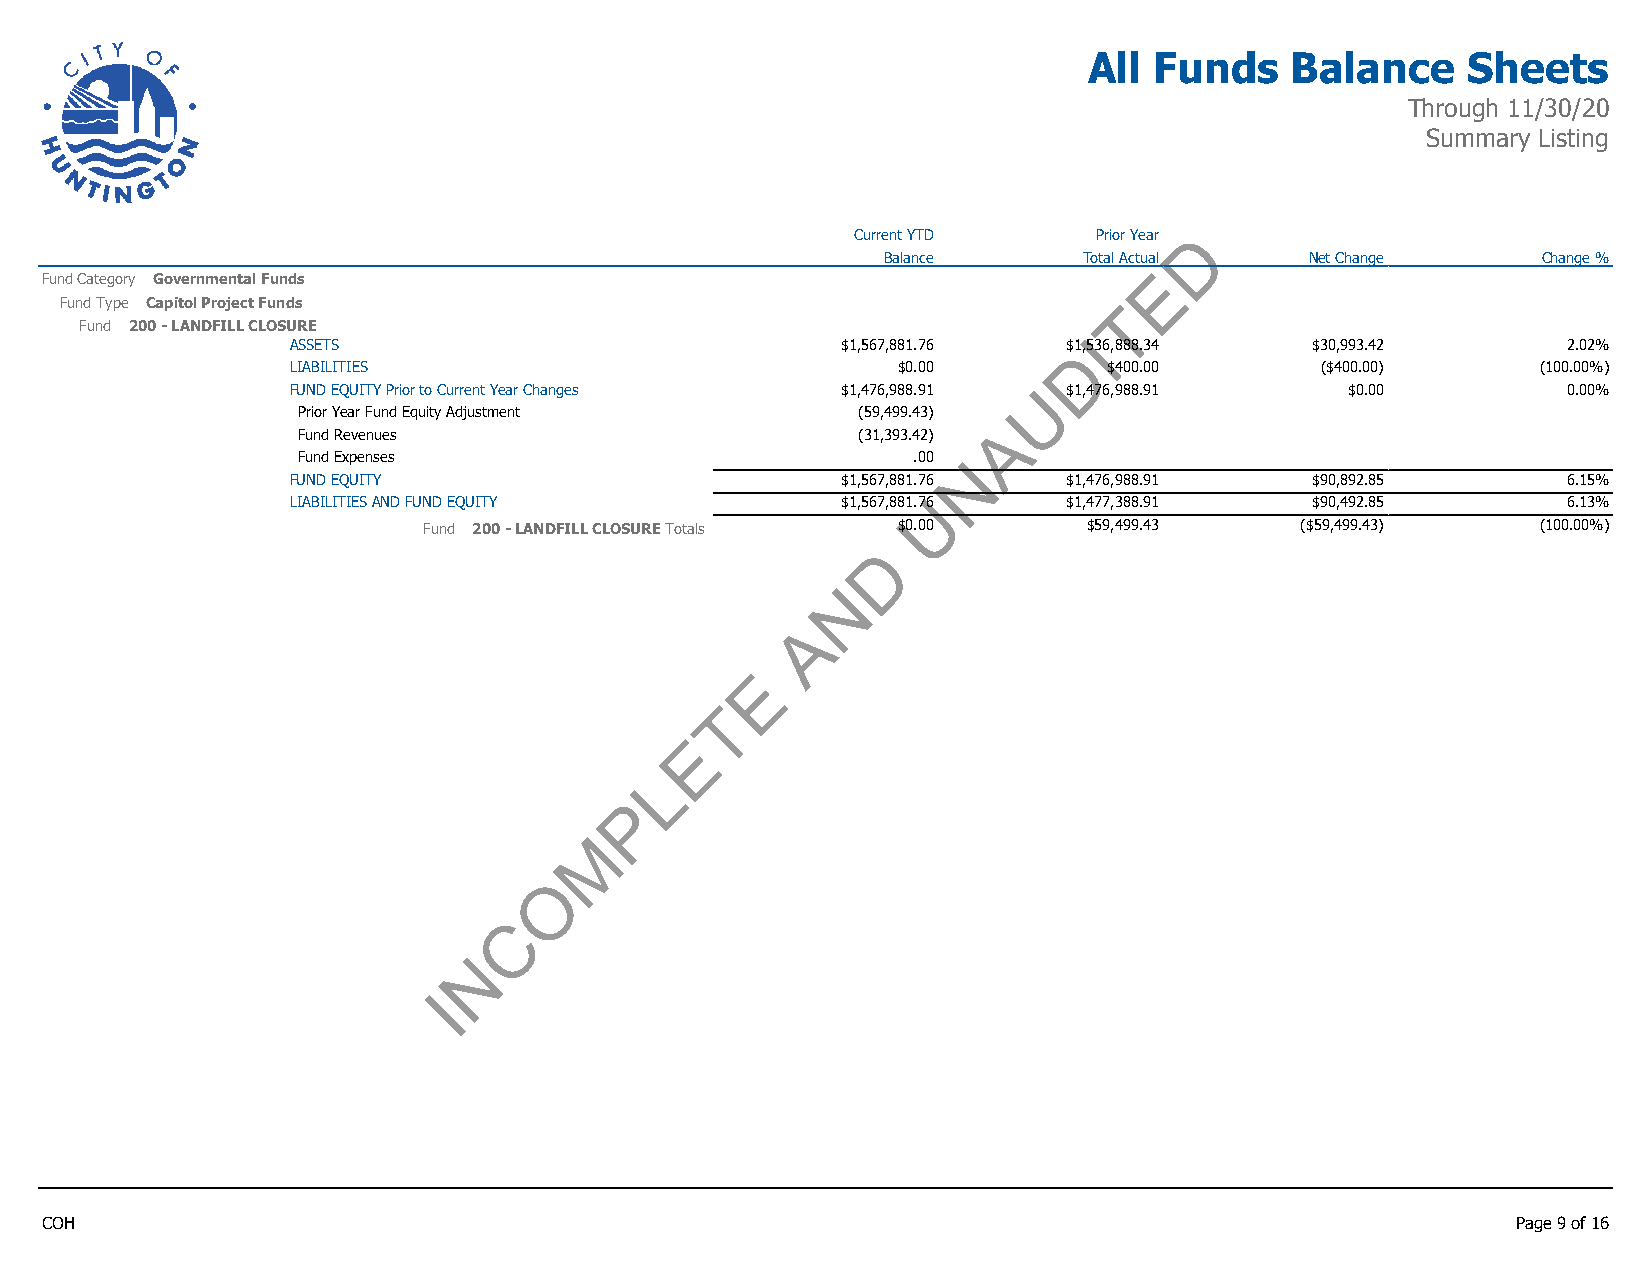
All Funds    Balance     Sheets
 Through 11/30/20
 Summary Listing
 Current YTD    Prior Year D
 Balance       Total Actual   Net Change     Change %
 Fund Category Governmental Funds
 E
 Fund Type Capitol Project Funds                                       T
 Fund 200 - LANDFILL CLOSURE
 I
 ASSETS                               $1,567,881.76  $1,536,888.34   $30,993.42       2.02%
 D
 LIABILITIES                             $0.00         $400.00       ($400.00)      (100.00%)
 FUND EQUITY Prior to Current Year Changes $1,476,988.91 U $1,476,988.91 $0.00        0.00%
 Prior Year Fund Equity Adjustment    (59,499.43)
 A
 Fund Revenues                        (31,393.42)
 Fund Expenses                           .00 N
 FUND EQUITY                          $1,567,881.76  $1,476,988.91   $90,892.85       6.15%
 LIABILITIES AND FUND EQUITY          $1,567,881.7U6 $1,477,388.91   $90,492.85       6.13%
 Fund 200 - LANDFILL CLOSURE Totals $0.00    $59,499.43    ($59,499.43)    (100.00%)
 D
 N
 A
 E
 T
 E
 L
 P
 M
 O
 C
 N
 I
 COH                                                                                              Page 9 of 16